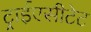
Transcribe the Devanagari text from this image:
ट्राईएसीटेट